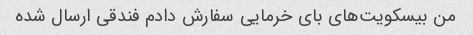
من بیسکویت‌های بای خرمایی سفارش دادم فندقی ارسال شده